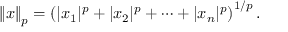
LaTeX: \left\| x \right\| _ { p } = \left( | x _ { 1 } | ^ { p } + | x _ { 2 } | ^ { p } + \dotsb + | x _ { n } | ^ { p } \right) ^ { 1 / p } .